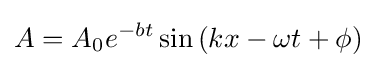
A=A_{0}e^{-bt}\sin \left(kx-\omega t+\phi \right)\,\!